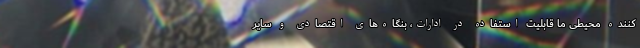
‌کننده محیطی ما قابلیت استفاده در ادارات، بنگاه‌های اقتصادی و سایر